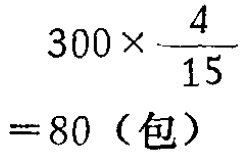
\[

\begin{align*}

300\times\frac{4}{15}&\\

 = 80 \text{（包）}

\end{align*}

\]